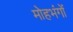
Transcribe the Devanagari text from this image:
मोहभंगों